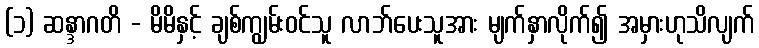
(၁) ဆန္ဒာဂတိ - မိမိနှင့် ချစ်ကျွမ်းဝင်သူ လာဘ်ပေးသူအား မျက်နှာလိုက်၍ အမှားဟုသိလျက်